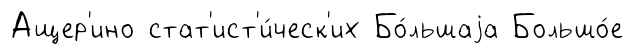
Ащер'ино стат'ист'и́ческ'их Бо́льшаjа Большо́е